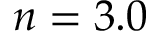
n = 3 . 0